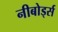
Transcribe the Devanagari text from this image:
नीबोर्ड्स